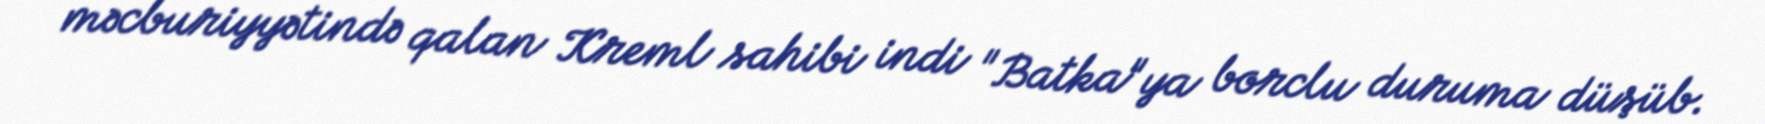
məcburiyyətində qalan Kreml sahibi indi "Batka"ya borclu duruma düşüb.